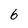
Character: 6